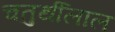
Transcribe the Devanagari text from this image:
चतुर्थीलाल